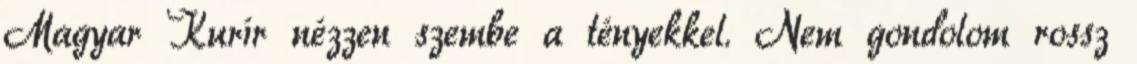
Magyar Kurír nézzen szembe a tényekkel. Nem gondolom rossz